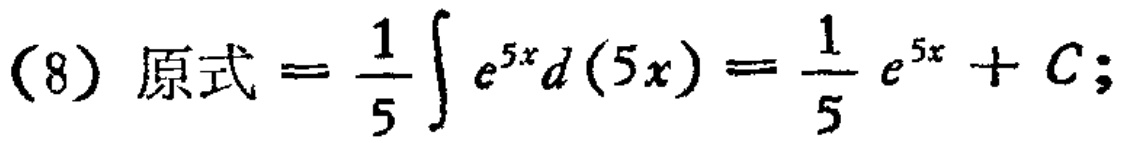
(8) 原式 = \(\frac{1}{5}\int e^{5x}d(5x)=\frac{1}{5}e^{5x}+C;\)